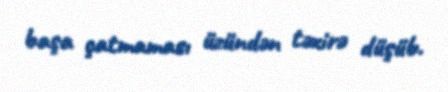
başa çatmaması üzündən təxirə düşüb.